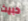
خبيث